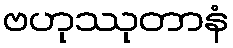
ဗဟုဿုတာနံ